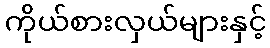
ကိုယ်စားလှယ်များနှင့်